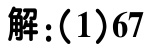
解：(1)67